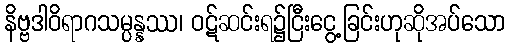
နိဗ္ဗဒါဝိရာဂသမ္ပန္နဿ၊ ဝဋ်ဆင်းရ၌ငြီးငွေ့ခြင်းဟုဆိုအပ်သော